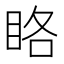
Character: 䀩